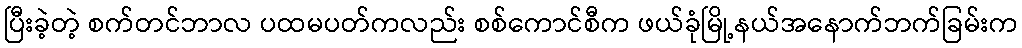
ပြီးခဲ့တဲ့ စက်တင်ဘာလ ပထမပတ်ကလည်း စစ်ကောင်စီက ဖယ်ခုံမြို့နယ်အနောက်ဘက်ခြမ်းက